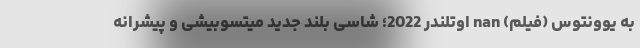
به یوونتوس (فیلم) nan اوتلندر 2022؛ شاسی بلند جدید میتسوبیشی و پیشرانه